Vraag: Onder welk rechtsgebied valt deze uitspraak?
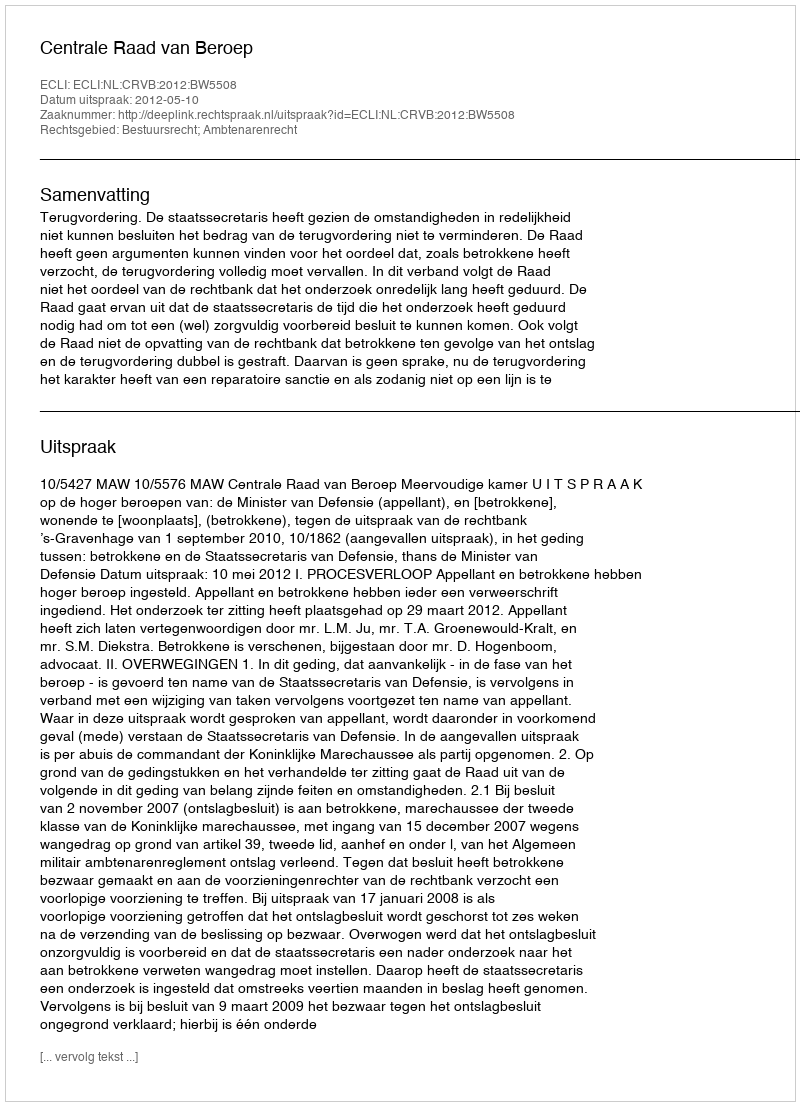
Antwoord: Bestuursrecht; Ambtenarenrecht